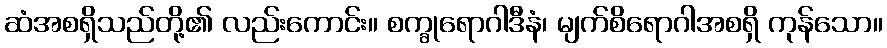
ဆံအစရှိသည်တို့၏ လည်းကောင်း။ စက္ခုရောဂါဒီနံ၊ မျက်စိရောဂါအစရှိ ကုန်သော။